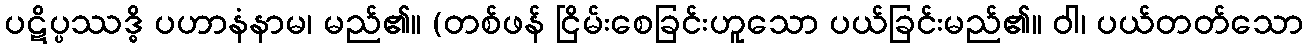
ပဋိပ္ပဿဒ္ဓိ ပဟာနံနာမ၊ မည်၏။ (တစ်ဖန် ငြိမ်းစေခြင်းဟူသော ပယ်ခြင်းမည်၏။ ဝါ၊ ပယ်တတ်သော